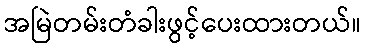
အမြဲတမ်းတံခါးဖွင့်ပေးထားတယ်။